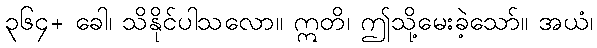
၃၆၄+ ခေါ၊ သိနိုင်ပါသလော။ ဣတိ၊ ဤသို့မေးခဲ့သော်။ အယံ၊